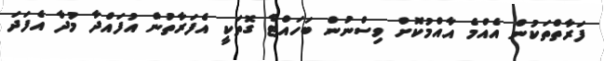
ފަރާތްތަކުން އެއްމެ އާއްމުކޮށް ވިސްނުން ބަހައްޓާ ގޮތަކީ އެފަރާތުން އުފައްދާ މުދާ އެފަދަ